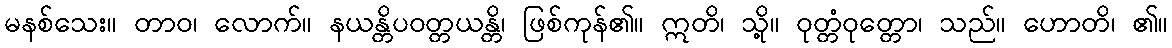
မနစ်သေး။ တာဝ၊ လောက်။ နယန္တိပဝတ္တယန္တိ၊ ဖြစ်ကုန်၏။ ဣတိ၊ သို့။ ဝုတ္တံဝုတ္တော၊ သည်။ ဟောတိ၊ ၏။